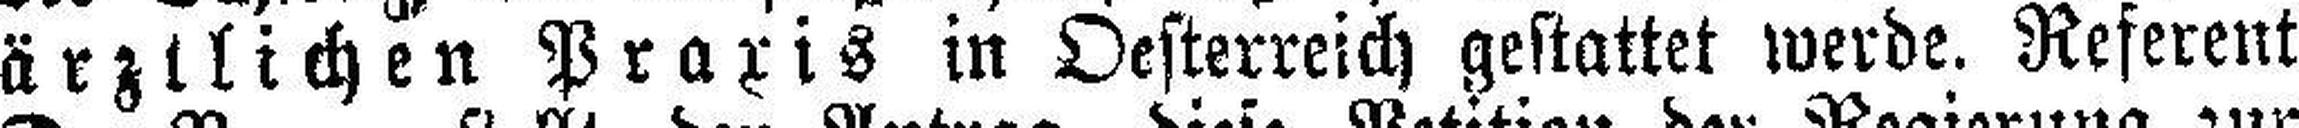
ärztlichen Praxis in Oesterreich gestattet werde. Referent